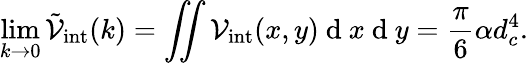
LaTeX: \operatorname*{lim}_{k\rightarrow 0}\tilde{\mathcal{V}}_{\mathrm{int}}(k)=\iint\mathcal{V}_{\mathrm{int}}(x,y)\mathrm{~d~}x\mathrm{~d~}y=\frac{\pi}{6}\alpha d_{c}^{4}.